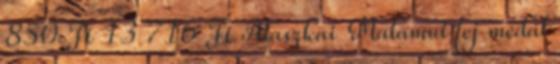
850 Ft 13 716 Ft Alaszkai Malamut fej medál